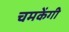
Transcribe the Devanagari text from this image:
चमकेंगी